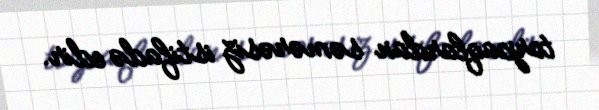
torpaqlardan səmərəsiz istifadə edir.